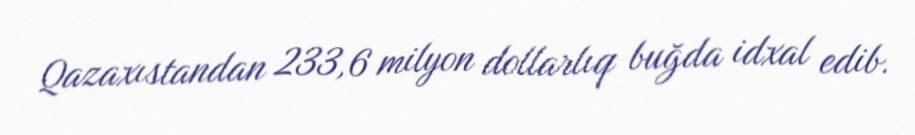
Qazaxıstandan 233,6 milyon dollarlıq buğda idxal edib.